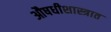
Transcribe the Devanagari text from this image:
औषधीशास्त्रात